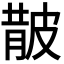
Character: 𭽬